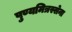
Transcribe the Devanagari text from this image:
पुण्यमित्रस्सेना